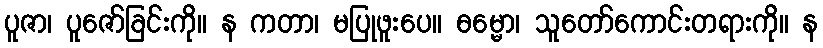
ပူဇာ၊ ပူဇော်ခြင်းကို။ န ကတာ၊ မပြုဖူးပေ။ ဓမ္မော၊ သူတော်ကောင်းတရားကို။ န